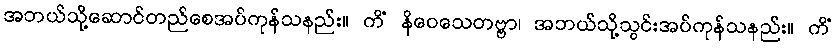
အဘယ်သို့ဆောင်တည်စေအပ်ကုန်သနည်း။ ကိံ နိဝေသေတဗ္ဗာ၊ အဘယ်သို့သွင်းအပ်ကုန်သနည်း။ ကိံ